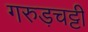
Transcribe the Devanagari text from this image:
गरुड़चट्टी